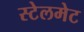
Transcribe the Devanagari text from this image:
स्टेलमेट